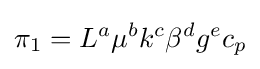
\pi _{1}=L^{a}\mu ^{b}k^{c}\beta ^{d}g^{e}c_{p}